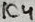
Text: IC4